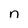
Character: n